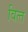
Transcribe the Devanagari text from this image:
वित्‍त